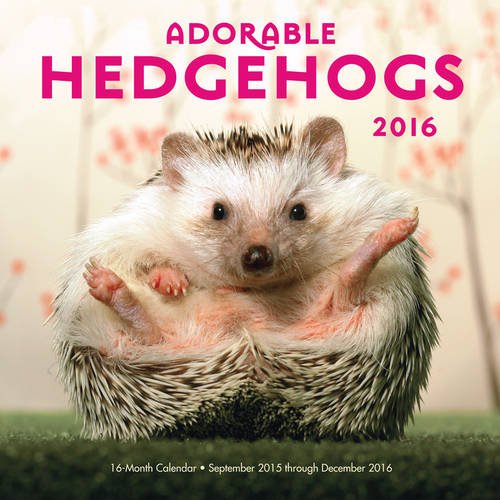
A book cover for Adorable Hedgehogs 2016: 16-Month Calendar September 2015 through December 2016; Editors of Rock Point; Calendars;